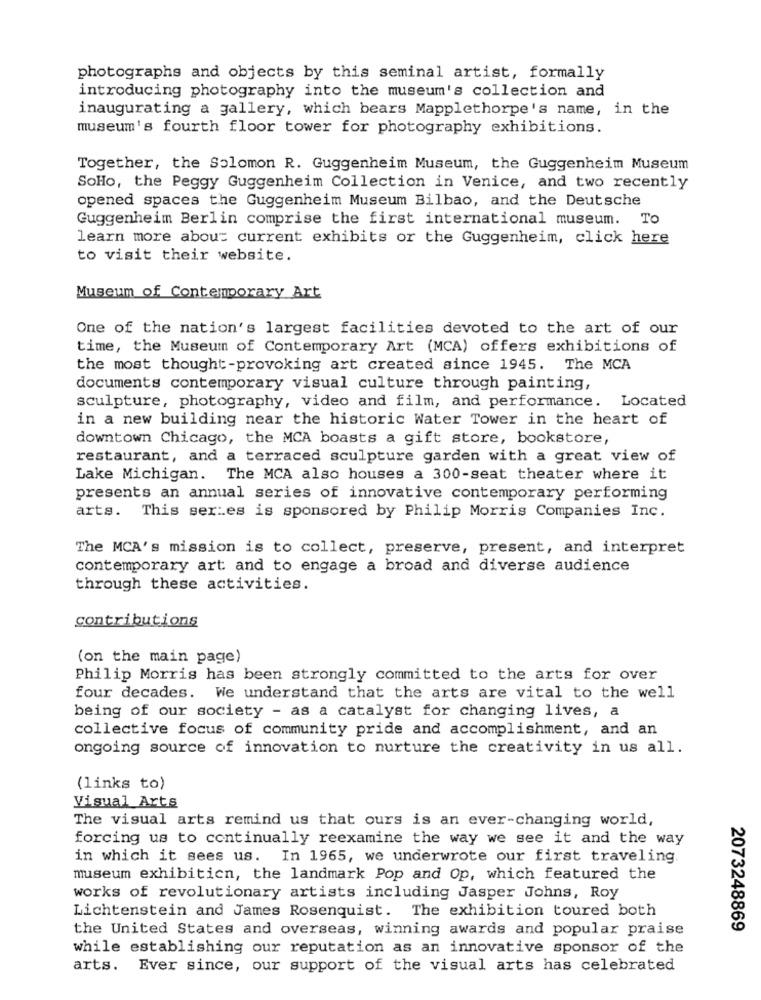
photographs and objects by this seminal artist, formally
introducing photography into the museum's collection and
inaugurating a gallery, which bears Mapplethorpe's name, in the
museum's fourth floor tower for photography exhibitions.
Together, the Solomon R. Guggenheim Museum, the Guggenheim Museum
SoHo, the Peggy Guggenheim Collection in Venice, and two recently
opened spaces the Guggenheim Museum Bilbao, and the Deutsche
Guggenheim Berlin comprise the first international museum. To
learn more about current exhibits or the Guggenheim, click here
to visit their website.
Museum of Contemporary Art
One of the nation's largest facilities devoted to the art of our
time, the Museum of Contemporary Art (MCA) offers exhibitions of
the most thought-provoking art created since 1945. The MCA
documents contemporary visual culture through painting,
sculpture, photography, video and film, and performance. Located
in a new building near the historic Water Tower in the heart of
downtown Chicago, the MCA boasts a gift store, bookstore,
restaurant, and a terraced sculpture garden with a great view of
Lake Michigan. The MCA also houses a 300-seat theater where it
presents an annual series of innovative contemporary performing
arts. This series is sponsored by Philip Morris Companies Inc.
The MCA's mission is to collect, preserve, present, and interpret
contemporary art and to engage a broad and diverse audience
through these activities.
contributions
(on the main page)
Philip Morris has been strongly committed to the arts for over
four decades. We understand that the arts are vital to the well
being of our society - as a catalyst for changing lives, a
collective focus of community pride and accomplishment, and an
ongoing source of innovation to nurture the creativity in us all.
(links to)
Visual Arts
The visual arts remind us that ours is an ever-changing world,
forcing us to continually reexamine the way we see it and the way
in which it sees us. In 1965, we underwrote our first traveling
museum exhibiticn, the landmark Pop and Op, which featured the
works of revolutionary artists including Jasper Johns, Roy
Lichtenstein and James Rosenquist. The exhibition toured both
the United States and overseas, winning awards and popular praise
2073248869
while establishing our reputation as an innovative sponsor of the
arts.
Ever since, our support of the visual arts has celebrated